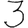
Digit: 3